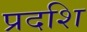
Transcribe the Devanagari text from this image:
प्रदशि